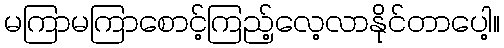
မကြာမကြာစောင့်ကြည့်လေ့လာနိုင်တာပေါ့။